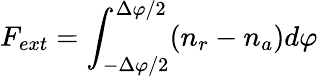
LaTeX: F_{ext}=\int_{-\Delta\varphi/2}^{\Delta\varphi/2}(n_{r}-n_{a})d\varphi